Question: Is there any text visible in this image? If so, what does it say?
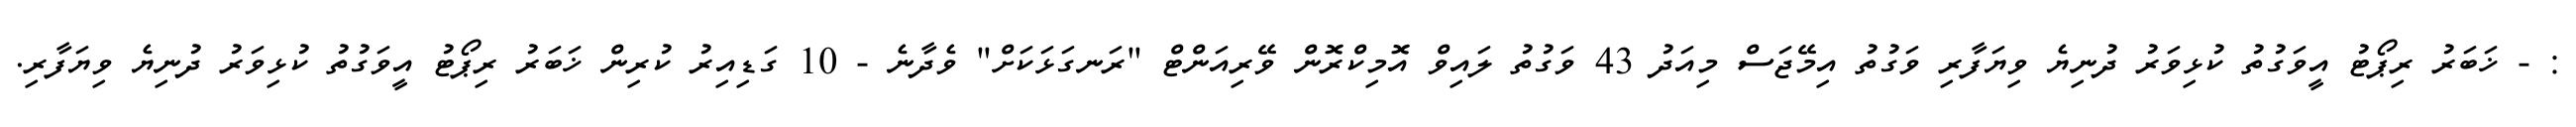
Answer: : - ޚަބަރު ރިޕޯޓު އީވަގުތު ކުޅިވަރު ދުނިޔެ ވިޔަފާރި ވަގުތު އިމޭޖަސް މިއަދު 43 ވަގުތު ލައިވް އޮމިކްރޮން ވޭރިއަންޓް "ރަނގަޅަކަށް" ވެދާނެ - 10 ގަޑިއިރު ކުރިން ޚަބަރު ރިޕޯޓު އީވަގުތު ކުޅިވަރު ދުނިޔެ ވިޔަފާރި.